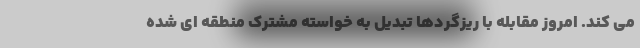
می کند. امروز مقابله با ریزگردها تبدیل به خواسته مشترک منطقه ای شده